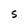
Character: S